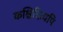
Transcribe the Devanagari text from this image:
कश्चिदित्यपि